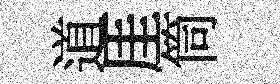
道厓筒